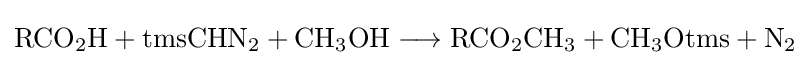
{\mathrm {RCO} {\vphantom {A}}_{\smash[{t}]{2}}\mathrm {H} {}+{}\mathrm {tmsCHN} {\vphantom {A}}_{\smash[{t}]{2}}{}+{}\mathrm {CH} {\vphantom {A}}_{\smash[{t}]{3}}\mathrm {OH} {}\mathrel {\longrightarrow } {}\mathrm {RCO} {\vphantom {A}}_{\smash[{t}]{2}}\mathrm {CH} {\vphantom {A}}_{\smash[{t}]{3}}{}+{}\mathrm {CH} {\vphantom {A}}_{\smash[{t}]{3}}\mathrm {Otms} {}+{}\mathrm {N} {\vphantom {A}}_{\smash[{t}]{2}}}